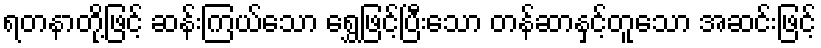
ရတနာတို့ဖြင့် ဆန်းကြယ်သော ရွှေဖြင့်ပြီးသော တန်ဆာနှင့်တူသော အဆင်းဖြင့်